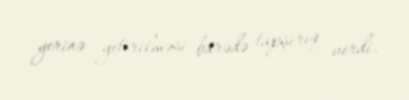
yerinə yetirilməsi barədə tapşırıq verdi.